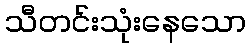
သီတင်းသုံးနေသော